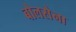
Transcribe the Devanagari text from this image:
बोलसेना